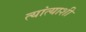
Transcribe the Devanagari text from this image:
त्यांत्याशी